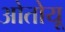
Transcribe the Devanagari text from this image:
ओतोयू